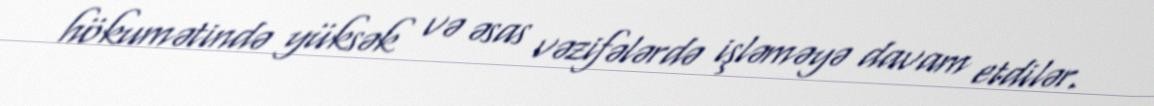
hökumətində yüksək və əsas vəzifələrdə işləməyə davam etdilər.